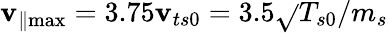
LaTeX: \mathbf{v}_{\parallel\operatorname*{max}}=3.75\mathbf{v}_{ts0}=3.5\sqrt{}{{T_{s0}/m_{s}}}